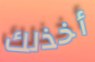
أخذلك